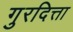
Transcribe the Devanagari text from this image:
गुरदित्ता